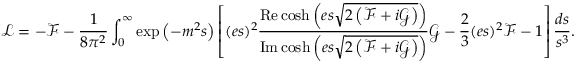
{ \mathcal { L } } = - { \mathcal { F } } - { \frac { 1 } { 8 \pi ^ { 2 } } } \int _ { 0 } ^ { \infty } \exp \left( - m ^ { 2 } s \right) \left[ ( e s ) ^ { 2 } { \frac { \operatorname { R e } \cosh \left( e s { \sqrt { 2 \left( { \mathcal { F } } + i { \mathcal { G } } \right) } } \right) } { \operatorname { I m } \cosh \left( e s { \sqrt { 2 \left( { \mathcal { F } } + i { \mathcal { G } } \right) } } \right) } } { \mathcal { G } } - { \frac { 2 } { 3 } } ( e s ) ^ { 2 } { \mathcal { F } } - 1 \right] { \frac { d s } { s ^ { 3 } } } .